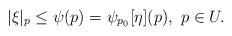
LaTeX: \begin{align*} |\xi|_p \le \psi(p) = \psi_{p_0}[\eta](p), \ p \in U.\end{align*}